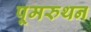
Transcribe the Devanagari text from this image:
पूमरुथन